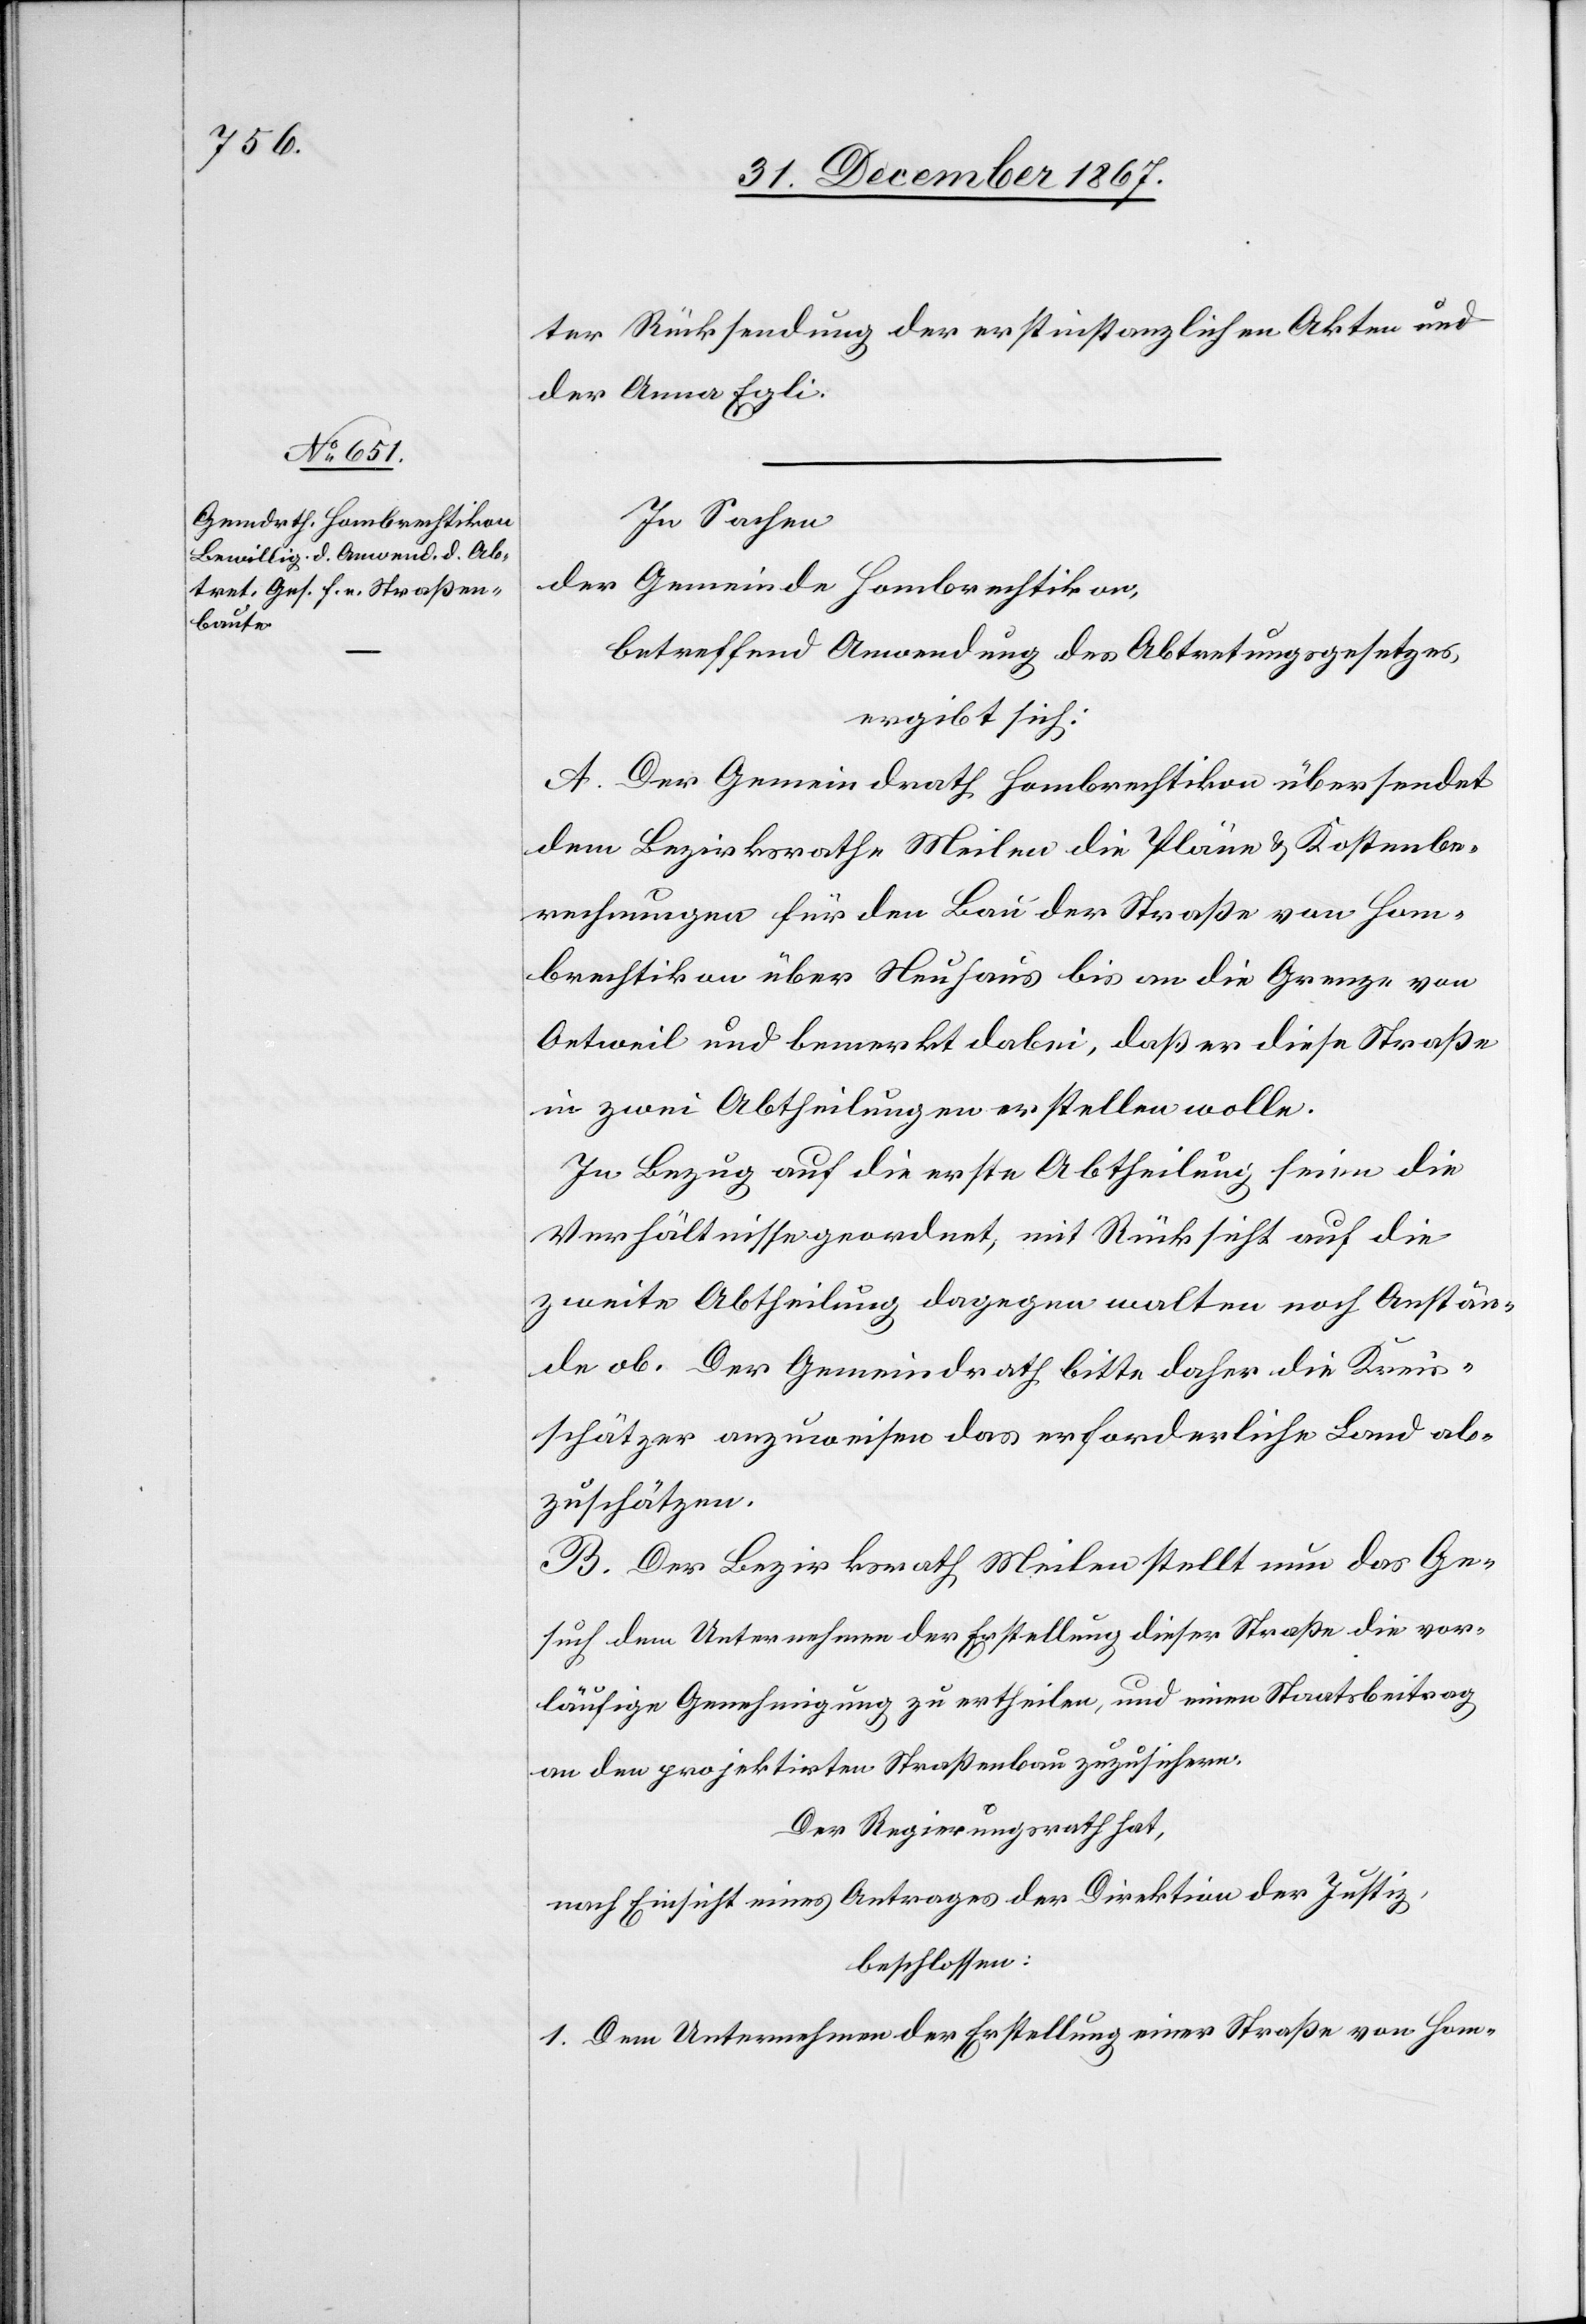
ter Rücksendung der erstinstanzlichen Akten und
der Anna Egli.
In Sachen
der Gemeinde Hombrechtikon,
betreffend Anwendung des Abtretungsgesetzes,
ergibt sich:
A. Der Gemeindrath Hombrechtikon übersendet
dem Bezirksrathe Meilen die Pläne u. Kostenbe¬
rechnungen für den Bau der Straße von Hom¬
brechtikon über Neuhaus bis an die Grenze von
Oetweil und bemerkt dabei, daß er diese Straße
in zwei Abtheilungen erstellen wolle.
In Bezug auf die erste Abtheilung seien die
Verhältnisse geordnet, mit Rücksicht auf die
zweite Abtheilung dagegen walten noch Anstän¬
de ob. Der Gemeindrath bitte daher die Kreis¬
schätzer anzuweisen das erforderliche Land ab¬
zuschätzen.
B. Der Bezirksrath Meilen stellt nun das Ge¬
such dem Unternehmen der Erstellung dieser Straße die vor¬
läufige Genehmigung zu ertheilen, und einen Staatsbeitrag
an den projektirten Straßenbau zuzusichern.
Der Regierungsrath hat,
nach Einsicht eines Antrages der Direktion der Justiz,
beschlossen:
1. Dem Unternehmen der Erstellung einer Straße von Hom-